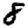
Digit: 8